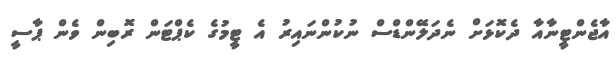
އާޖެންޓީނާއާ ދެކޮޅަށް ނެދަލޭންޑްސް ނުކުންނައިރު އެ ޓީމުގެ ކެޕްޓަން ރޮބިން ވެން ޕާސީ